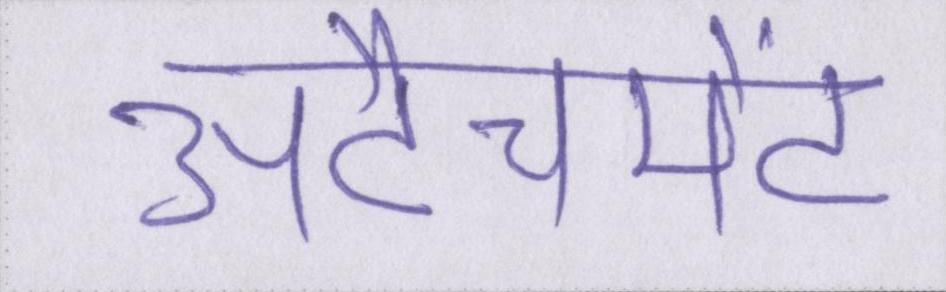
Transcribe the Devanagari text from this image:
अटैचमेंट